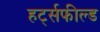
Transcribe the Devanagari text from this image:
हर्ट्सफील्ड